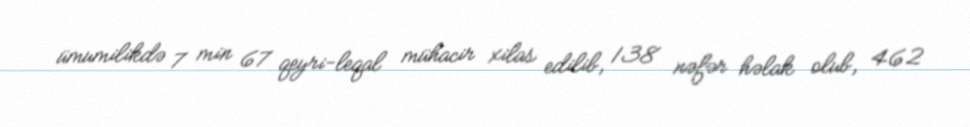
ümumilikdə 7 min 67 qeyri-leqal mühacir xilas edilib, 138 nəfər həlak olub, 462